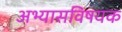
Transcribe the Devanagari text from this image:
अभ्यासविषयक